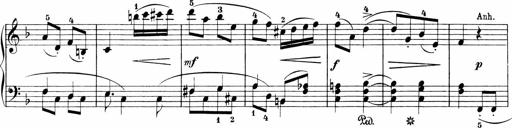
Title: Sonatinen Op.47, 98 und 136, nebst 6 Liedersonatinen
Composer: Carl Reinecke